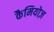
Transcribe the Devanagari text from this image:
कैमियोज़